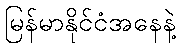
မြန်မာနိုင်ငံအနေနဲ့